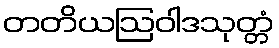
တတိယဩဝါဒသုတ္တံ